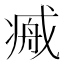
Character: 𢧞